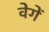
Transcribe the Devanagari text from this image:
वेगें